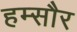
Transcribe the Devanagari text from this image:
हम्सौर